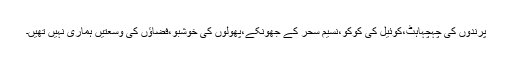
پرندوں کی چہچہاہٹ،کوئیل کی کوکو،نسیم سحر کے جھونکے،پھولوں کی خوشبو،فضاؤں کی وسعتیں ہماری نہیں تھیں۔